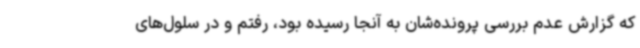
که گزارش عدم بررسی پرونده‌شان به آنجا رسیده بود، رفتم و در سلول‌های